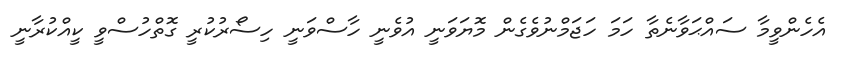
އެހެންވީމާ ސައްޙަވާނެތާ ހަމަ ހަޖަމްނުވެގެން މޮޔަވަނީ އުވެނީ ހާސްވަނީ ހިސޯރުކުރީ ގޮތްހުސްވީ ކީއްކުރާނީ